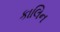
કાલિન